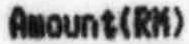
AMOUNT(RM)